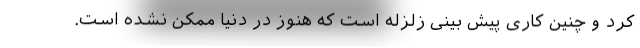
کرد و چنین کاری پیش بینی زلزله است که هنوز در دنیا ممکن نشده است.